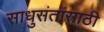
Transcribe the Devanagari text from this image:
साधुसंतांसाठी